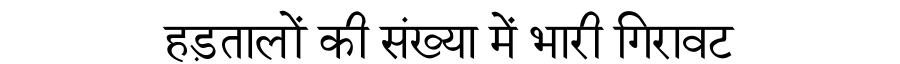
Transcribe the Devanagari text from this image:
हड़तालों की संख्या में भारी गिरावट